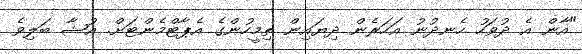
"އާން އެ ދުވަހު ހެނދުނު އަހަރެން ދިޔައިން ތިމީހުންގެ އެޕާޓްމެންޓަށް. އުޝާ ބަލިވެ